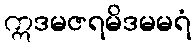
ဣဒမဇရမိဒမမရံ